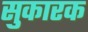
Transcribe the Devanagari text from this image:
सुकारक